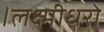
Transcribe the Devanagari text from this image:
।लक्ष्मीधरो